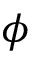
\phi